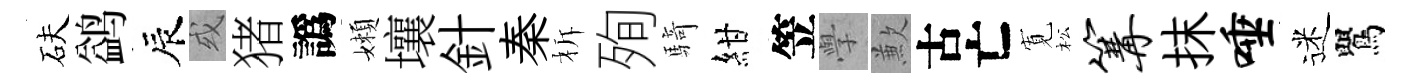
砆鹢辰或猪譌嬾壤針秦柝殉騎紺笠𭓕歉古亡𡩖松篝抹唾迷鸎